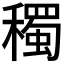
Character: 𥣋